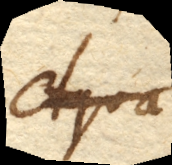
Aqua